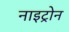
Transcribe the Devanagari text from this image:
नाइट्रोन